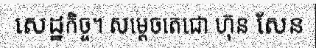
សេដ្ឋកិច្ច។ សម្តេចតេជោ ហ៊ុន សែន